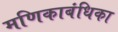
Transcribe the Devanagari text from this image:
मणिकाबंधिका